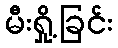
မီးရှို့ခြင်း